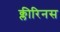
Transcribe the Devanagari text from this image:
क्लीरिनस